Vaccination report Assam 1896-1927 - 1896-1927
Year: 1896
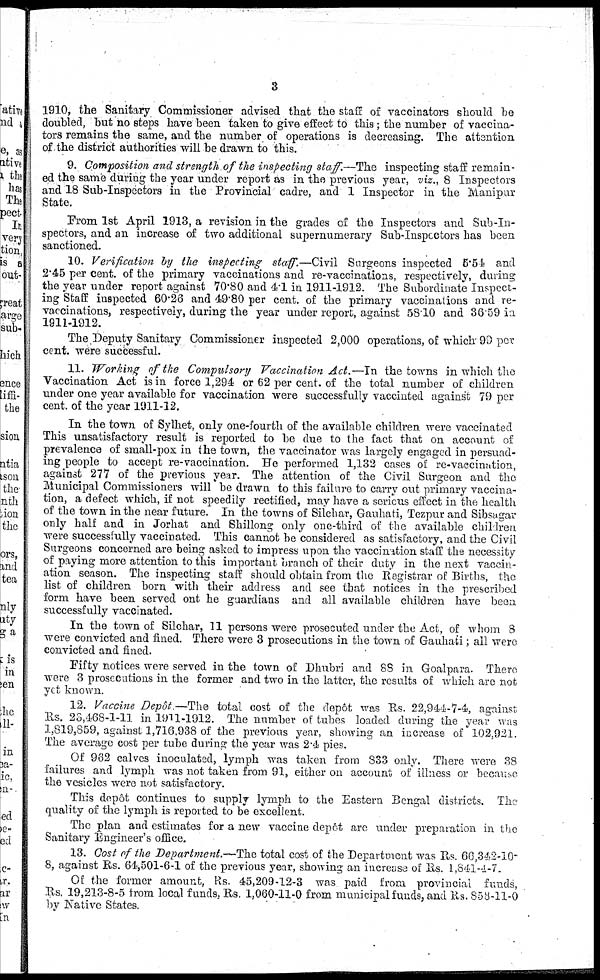
3
1910, the Sanitary Commissioner advised that the staff of vaccinators should be
doubled, but no steps have been taken to give effect to this; the number of vaccina-
tors remains the same, and the number of operations is decreasing. The attention
of the district authorities will be drawn to this.
9. Composition and strength of the inspecting staff.—The inspecting staff remain-
ed the same during the year under report as in the previous year, viz., 8 Inspectors
and 18 Sub-Inspectors in the Provincial cadre, and 1 Inspector in the Manipur
State.
From 1st April 1913, a revision in the grades of the Inspectors and Sub-In-
spectors, and an increase of two additional supernumerary Sub-Inspectors has been
sanctioned.
10. Verification by the inspecting staff.—Civil Surgeons inspected 5.54 and
2.45 per cent. of the primary vaccinations and re-vaccinations, respectively, during
the year under report against 70.80 and 4.1 in 1911-1912. The Subordinate Inspect-
ing Staff inspected 60.26 and 49.80 per cent. of the primary vaccinations and re-
vaccinations, respectively, during the year under report, against 58.10 and 36.59 in
1911-1912.
The Deputy Sanitary Commissioner inspected 2,000 operations, of which 99 per
cent. were successful.
11. Working of the Compulsory Vaccination Act.—In the towns in which the
Vaccination Act is in force 1,294 or 62 per cent. of the total number of children
under one year available for vaccination were successfully vaccinated against 79 per
cent. of the year 1911-12.
In the town of Sylhet, only one-fourth of the available children were vaccinated
This unsatisfactory result is reported to be due to the fact that on account of
prevalence of small-pox in the town, the vaccinator was largely engaged in persuad-
ing people to accept re-vaccination. He performed 1,132 cases of re-vaccination,
against 277 of the previous year. The attention of the Civil Surgeon and the
Municipal Commissioners will be drawn to this failure to carry out primary vaccina-
tion, a defect which, if not speedily rectified, may have a serious effect in the health
of the town in the near future. In the towns of Silchar, Gauhati, Tezpur and Sibsagar
only half and in Jorhat and Shillong only one-third of the available children
were successfully vaccinated. This cannot be considered as satisfactory, and the Civil
Surgeons concerned are being asked to impress upon the vaccination staff the necessity
of paying more attention to this important branch of their duty in the next vaccin-
ation season. The inspecting staff should obtain from the Registrar of Births, the
list of children born with their address and see that notices in the prescribed
form have been served ont he guardians and all available children have been
successfully vaccinated.
In the town of Silchar, 11 persons were prosecuted under the Act, of whom 8
were convicted and fined. There were 3 prosecutions in the town of Gauhati; all were
convicted and fined.
Fifty notices were served in the town of Dhubri and 88 in Goalpara. There
were 3 prosecutions in the former and two in the latter, the results of which are not
yet known.
12. Vaccine Depôt —The total cost of the depôt was Rs. 22,944-7-4, against
Rs. 23,468-1-11 in 1911-1912. The number of tubes loaded during the year was
1,819,859, against 1,716,938 of the previous year, showing an increase of 102,921.
The average cost per tube during the year was 2.4 pies.
Of 962 calves inoculated, lymph was taken from 833 only. There were 38
failures and lymph was not taken from 91, either on account of illness or because
the vesicles were not satisfactory.
This depôt continues to supply lymph to the Eastern Bengal districts. The
quality of the lymph is reported to be excellent.
The plan and estimates for a new vaccine depôt are under preparation in the
Sanitary Engineer's office.
13. Cost of the Department.—The total cost of the Department was Rs. 66,342-10-
8, against Rs. 64,501-6-1 of the previous year, showing an increase of Rs. 1,841-4-7.
Of the former amount, Rs. 45,209-12-3 was paid from provincial funds,
Rs. 19,213-8-5 from local funds, Rs. 1,060-11-0 from municipal funds, and Rs. 858-11-0
by Native States.